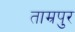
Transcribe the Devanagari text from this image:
ताम्रपुर